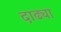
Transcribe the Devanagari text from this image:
दाढ्या